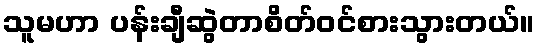
သူမဟာ ပန်းချီဆွဲတာစိတ်ဝင်စားသွားတယ်။